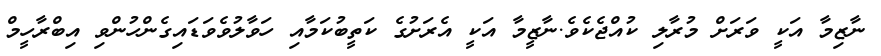
ނާޒިމާ އަކީ ވަރަށް މުރާލި ކުއްޖެކެވެ.ނާޒީމާ އަކީ އެރަށުގެ ކަތީބުކަމާއި ހަވާލުވެވަޑައިގެންހުންވި އިބްރާހީމް